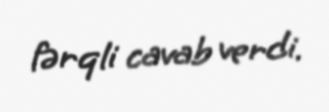
fərqli cavab verdi.